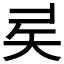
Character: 𥎨